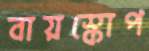
বায়স্কোপ